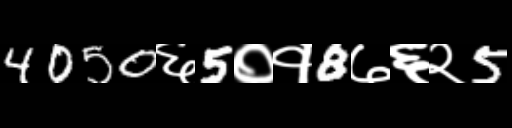
Text: 4050६5०१8७६२5